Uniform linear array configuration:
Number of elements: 24
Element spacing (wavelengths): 0.5
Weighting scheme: hann
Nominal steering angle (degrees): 60
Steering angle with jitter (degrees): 58.555
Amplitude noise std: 0.05
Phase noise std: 0.05

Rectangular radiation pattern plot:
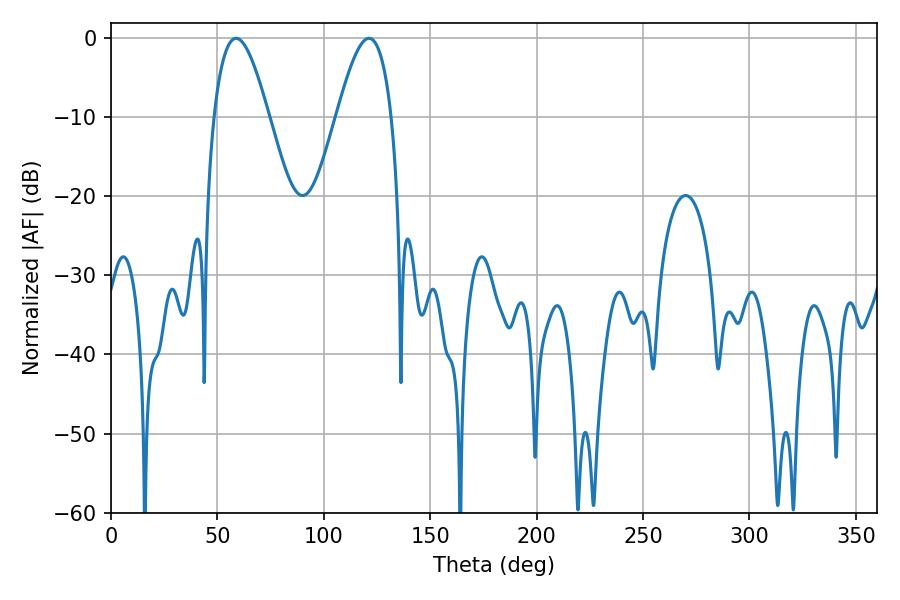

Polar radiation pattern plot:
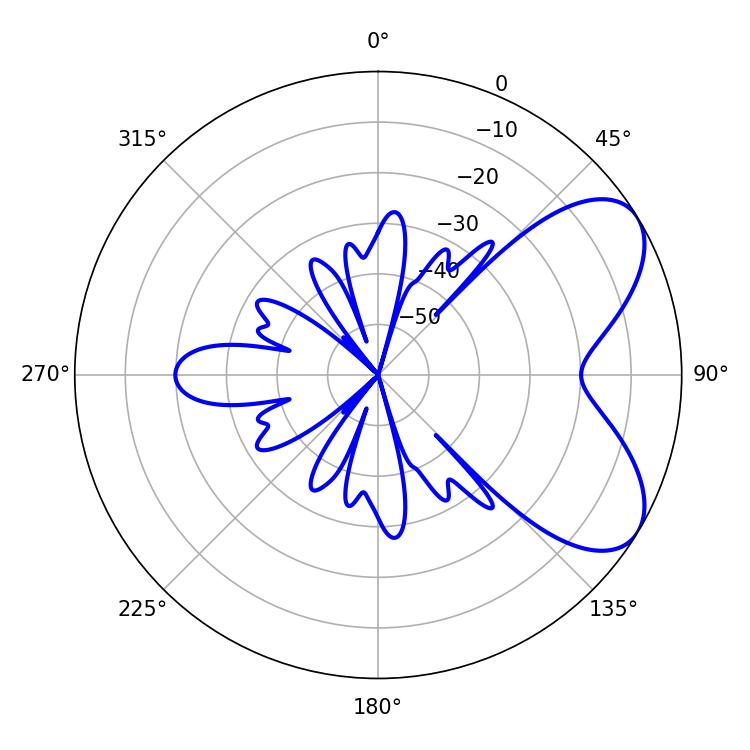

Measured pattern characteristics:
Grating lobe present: FALSE
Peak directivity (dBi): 6.391
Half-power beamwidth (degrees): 13.86
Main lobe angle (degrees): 58.68